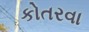
કોતરવા